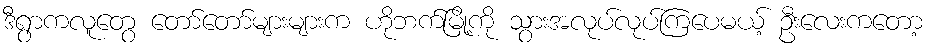
ဒီရွာကလူတွေ တော်တော်များများက ဟိုဘက်မြို့ကို သွားအလုပ်လုပ်ကြပေမယ့် ဦးလေးကတော့